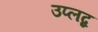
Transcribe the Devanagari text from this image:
उप्लब्द